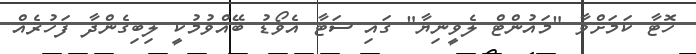
ހޮޓާ ކަމަށްވާ "މައުންޓް ލެވީނިޔާ" ގައި ސަޓާ އެވޯޑު ބޭއްވުމުކީ ލިބިގެންދާ ފަހުރެއް